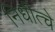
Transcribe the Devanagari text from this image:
निधीत्चे